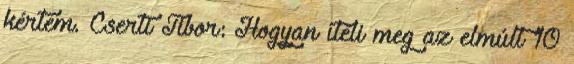
kértem. Cserti Tibor: Hogyan ítéli meg az elmúlt 10